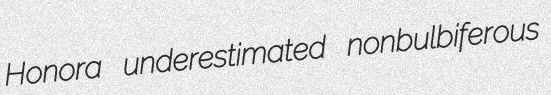
Honora underestimated nonbulbiferous